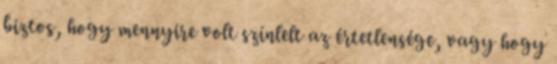
biztos, hogy mennyire volt színlelt az értetlensége, vagy hogy